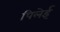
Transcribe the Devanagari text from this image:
पिलेई